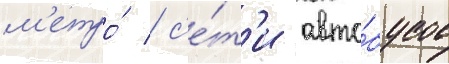
м'етро́ / с'е́т'и авто́бусов